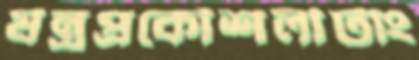
যন্ত্রপ্রকৌশলীটাং